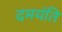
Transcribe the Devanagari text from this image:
दमयंति